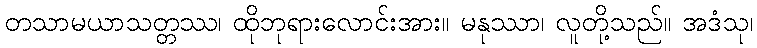
တသာမယာသတ္တဿ၊ ထိုဘုရားလောင်းအား။ မနုဿာ၊ လူတို့သည်။ အဒံသု၊